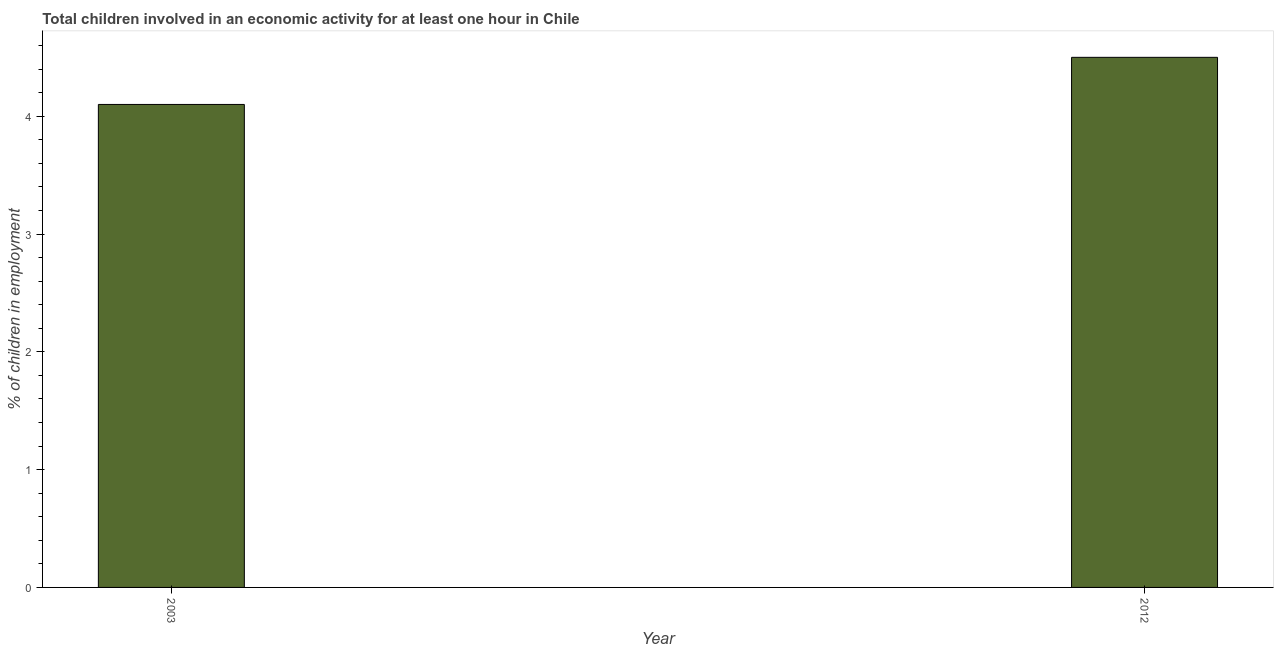
| Year | Children in employment |
 | --- | --- |
 | 2003 | 4.1 |
 | 2012 | 4.5 |